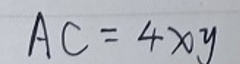
\[
AC = 4xy
\]